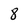
Character: 8